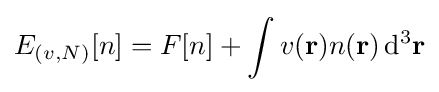
E_{(v,N)}[n]=F[n]+\int v(\mathbf {r} )n(\mathbf {r} )\,\mathrm {d} ^{3}\mathbf {r}